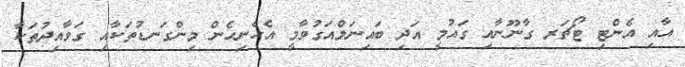
އާއި އެންޓި ޓޯޗަރ ގާނޫނާއި ގައުމީ އަދި ބައިނަލްއަގުވާމީ އެހެނިހެން މިންގަނޑުތަކާއި ގަވާއިދުތަކާ